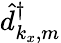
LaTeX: \hat{d}_{k_{x},m}^{\dagger}